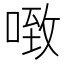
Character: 𰈂